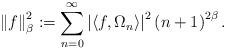
LaTeX: \begin{align*}\left\Vert f\right\Vert _{\beta}^{2}:=\sum_{n=0}^{\infty}\left\vert\left\langle f,\Omega_{n}\right\rangle \right\vert ^{2}\left( n+1\right)^{2\beta}. \end{align*}